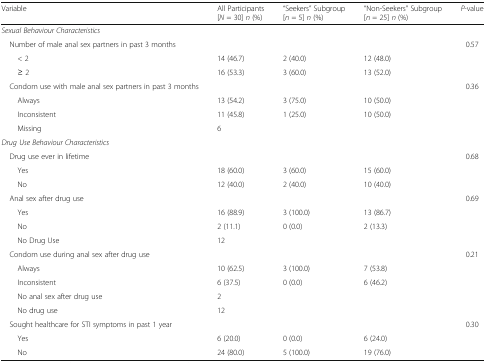
<table><thead><tr><td><b>Variable</b></td><td><b>All Participants[<i>N</i> = 30] <i>n</i> (%)</b></td><td><b>“Seekers” Subgroup[<i>n</i> = 5] <i>n</i> (%)</b></td><td><b>“Non-Seekers” Subgroup[<i>n</i> = 25] <i>n</i> (%)</b></td><td><b><i>P</i>-value</b></td></tr></thead><tbody><tr><td colspan="5"><i>Sexual Behaviour Characteristics</i></td></tr><tr><td> Number of male anal sex partners in past 3 months</td><td>[EMPTY_CELL]</td><td>[EMPTY_CELL]</td><td>[EMPTY_CELL]</td><td>0.57</td></tr><tr><td>&lt; 2</td><td>14 (46.7)</td><td>2 (40.0)</td><td>12 (48.0)</td><td>[EMPTY_CELL]</td></tr><tr><td>≥ 2</td><td>16 (53.3)</td><td>3 (60.0)</td><td>13 (52.0)</td><td>[EMPTY_CELL]</td></tr><tr><td> Condom use with male anal sex partners in past 3 months</td><td>[EMPTY_CELL]</td><td>[EMPTY_CELL]</td><td>[EMPTY_CELL]</td><td>0.36</td></tr><tr><td>Always</td><td>13 (54.2)</td><td>3 (75.0)</td><td>10 (50.0)</td><td>[EMPTY_CELL]</td></tr><tr><td>Inconsistent</td><td>11 (45.8)</td><td>1 (25.0)</td><td>10 (50.0)</td><td>[EMPTY_CELL]</td></tr><tr><td>Missing</td><td>6</td><td>[EMPTY_CELL]</td><td>[EMPTY_CELL]</td><td>[EMPTY_CELL]</td></tr><tr><td colspan="5"><i>Drug Use Behaviour Characteristics</i></td></tr><tr><td> Drug use ever in lifetime</td><td>[EMPTY_CELL]</td><td>[EMPTY_CELL]</td><td>[EMPTY_CELL]</td><td>0.68</td></tr><tr><td>Yes</td><td>18 (60.0)</td><td>3 (60.0)</td><td>15 (60.0)</td><td>[EMPTY_CELL]</td></tr><tr><td>No</td><td>12 (40.0)</td><td>2 (40.0)</td><td>10 (40.0)</td><td>[EMPTY_CELL]</td></tr><tr><td> Anal sex after drug use</td><td>[EMPTY_CELL]</td><td>[EMPTY_CELL]</td><td>[EMPTY_CELL]</td><td>0.69</td></tr><tr><td>Yes</td><td>16 (88.9)</td><td>3 (100.0)</td><td>13 (86.7)</td><td>[EMPTY_CELL]</td></tr><tr><td>No</td><td>2 (11.1)</td><td>0 (0.0)</td><td>2 (13.3)</td><td>[EMPTY_CELL]</td></tr><tr><td>No Drug Use</td><td>12</td><td>[EMPTY_CELL]</td><td>[EMPTY_CELL]</td><td>[EMPTY_CELL]</td></tr><tr><td> Condom use during anal sex after drug use</td><td>[EMPTY_CELL]</td><td>[EMPTY_CELL]</td><td>[EMPTY_CELL]</td><td>0.21</td></tr><tr><td>Always</td><td>10 (62.5)</td><td>3 (100.0)</td><td>7 (53.8)</td><td>[EMPTY_CELL]</td></tr><tr><td>Inconsistent</td><td>6 (37.5)</td><td>0 (0.0)</td><td>6 (46.2)</td><td>[EMPTY_CELL]</td></tr><tr><td>No anal sex after drug use</td><td>2</td><td>[EMPTY_CELL]</td><td>[EMPTY_CELL]</td><td>[EMPTY_CELL]</td></tr><tr><td>No drug use</td><td>12</td><td>[EMPTY_CELL]</td><td>[EMPTY_CELL]</td><td>[EMPTY_CELL]</td></tr><tr><td> Sought healthcare for STI symptoms in past 1 year</td><td>[EMPTY_CELL]</td><td>[EMPTY_CELL]</td><td>[EMPTY_CELL]</td><td>0.30</td></tr><tr><td>Yes</td><td>6 (20.0)</td><td>0 (0.0)</td><td>6 (24.0)</td><td>[EMPTY_CELL]</td></tr><tr><td>No</td><td>24 (80.0)</td><td>5 (100.0)</td><td>19 (76.0)</td><td>[EMPTY_CELL]</td></tr></tbody></table>